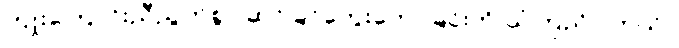
ကျိုးကြောင်းညီညွတ်စွာ ဆင်ခြင်တွေးတောခြင်းကို ယုံကြည်ပါတယ်။